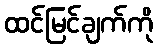
ထင်မြင်ချက်ကို